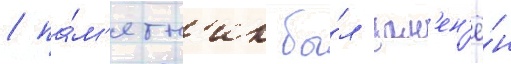
/ па́м'ятн'ик бы́л зам'ен'ё́н